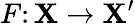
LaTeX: F\colon\mathbf{X}\to\mathbf{X}^{\prime}